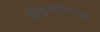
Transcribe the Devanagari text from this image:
चिकुनगुनियाची